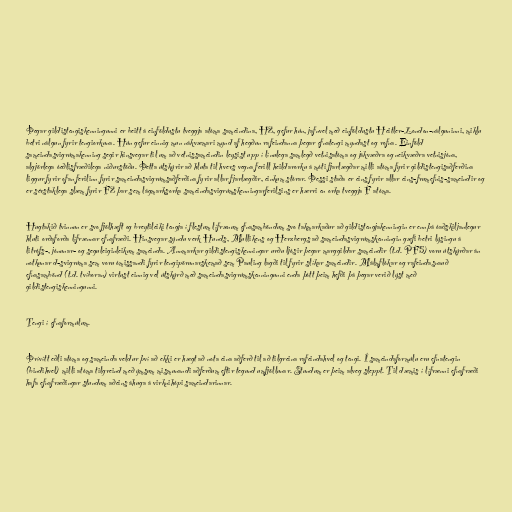
Þegar gildistengiskenningunni er beitt á einföldustu tveggja atóma sameindina, H2, gefur hún, jafnvel með einföldustu Heitler-London-nálguninni, miklu
betri nálgun fyrir tengiorkuna. Hún gefur einnig mun nákvæmari mynd af hegðun rafeindanna þegar efnatengi myndast og rofna. Einföld
sameindasvigrúmakenning segir hinsvegar til um að vetnissameindin leysist upp í línulega samlegð vetnisatóma og jákvæðra og neikvæðra vetnisjóna,
algjörlega óeðlisfræðilega niðurstöðu. Þetta útskýrir að hluta til hvers vegna ferill heildarorku á móti fjarlægðar milli atóma fyrir gildistengisaðferðina
liggur fyrir ofan ferilinn fyrir sameindasvigrúmsaðferðina fyrir allar fjarlægðir, einkum stórar. Þessi staða er eins fyrir allar eins-frumefnis-sameindir og
er sérstaklega slæm fyrir F2 þar sem lágmarksorka sameindasvigrúmskenningarferilsins er hærri en orka tveggja F atóma.

Hugtakið tvinnun er svo fjölhæft og breytileiki tengja í flestum lífrænum efnasamböndum svo takmarkaður að gildistengjakenningin er ennþá óaðskiljanlegur
hluti orðaforða lífrænnar efnafræði. Hinsvegar sýndu verk Hunds, Mullikens og Herzbergs að sameindasvigrúmskenningin gæfi betri lýsingu á
litrófs-, jónunar- og seguleiginleikum sameinda. Annmarkar gildistengiskenningar urðu ljósir þegar marggildar sameindir (t.d. PF5) voru útskýrðar án
notkunar d-svigrúma sem voru ómissandi fyrir tengipörunarskemað sem Pauling lagði til fyrir slíkar sameindir. Málmflókar og rafeindasnauð
efnasambönd (t.d. tvíboran) virtust einnig vel útskýrð með sameindasvigrúmskenningunni enda þótt þeim hefði þá þegar verið lýst með
gildistengiskenningunni.

Tengi í efnaformúlum.

Þrívítt eðli atóma og sameinda veldur því að ekki er hægt að nota eina aðferð til að tilgreina rafeindahvel og tengi. Í sameindaformúlu eru efnatengin
(bindihvel) milli atóma tilgreind með ýmsum mismunandi aðferðum eftir tegund umfjöllunar. Stundum er þeim alveg sleppt. Til dæmis í lífrænni efnafræði
hafa efnafræðingar stundum aðeins áhuga á virknihópi sameindarinnar.